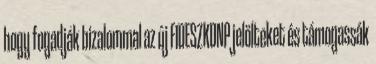
hogy fogadják bizalommal az új FIDESZKDNP jelölteket és támogassák